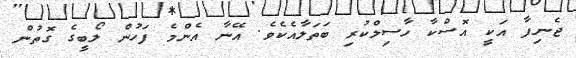
ޖެނިފާ އަކީ އޮސްކާ ހާސިލްކުރި ބަތަލާއެކެވެ. އޭނާ އެންމެ ފަހުން ލޯބީގެ ގޮތުން